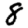
Digit: 8